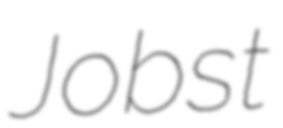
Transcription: Jobst